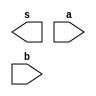
// ------------------------- 
// Exemplo0011 - BASE 
// Nome: Andre Henriques Fernandes 
// ------------------------- 
 
// ------------------------- 
//  f4_gate 
// ------------------------- 
module f4 (output [3:0] s, 
                    input  [3:0] a, 
                    input  [3:0] b); 
 
// descrever por portas 
 
endmodule // f4 
 
module test_f4; 
// ------------------------- definir dados 
       reg  [3:0] x; 
       reg  [3:0] y; 
       wire [3:0] z; 
 
       f4 modulo (z, x, y); 
 
// ------------------------- parte principal 
 
   initial begin 
      $display("Exemplo0031 - Andre Henriques Fernandes - 427386"); 
      $display("Test LU's module"); 
 
      x = 4'b0011;       y = 4'b0101; 
 
   // projetar testes do modulo 
   #1 $display("%3b %3b %3b",x,y,z); 
 
   end 
 
endmodule // test_f4